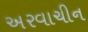
અરવાચીન